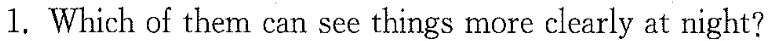
1.Which of them can see things more clearly at night?